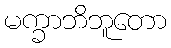
မက္ခာဘိဘူတော